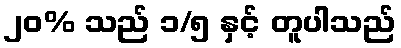
၂၀% သည် ၁/၅ နှင့် တူပါသည်